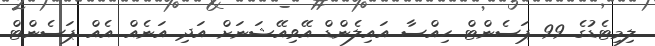
ލިމިޓެޑުގެ 99 ޕަސެންޓް ހިއްސާ އައިލެންޑް އޭވިއޭޝަނަށް އަދި އަނެއް އެއް ޕަސެންޓް